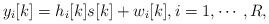
LaTeX: \begin{align*}y_i[k]=h_i[k] s[k]+w_i[k], i=1,\cdots, R,\end{align*}